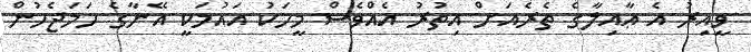
ވީއިރު އެ ޢާއިލާގެ ތެރެއަށް އިތުރު އެއްވެސް މީހަކު އައުމަކީ އޭނާގެ ހަމަޖެހުން